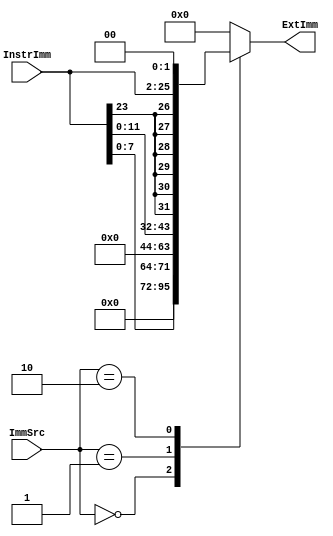
module Extend(
    input [1:0] ImmSrc,
    input [23:0] InstrImm,

    output reg [31:0] ExtImm
    );  
    
    always @* begin
        case(ImmSrc)
            2'b00: ExtImm = {{24{1'b0}}, InstrImm[7:0]};
            2'b01: ExtImm = {{20{1'b0}}, InstrImm[11:0]};
            2'b10: ExtImm = {{6{InstrImm[23]}}, InstrImm, {2{1'b0}}};
            default: ExtImm = 32'b0;
        endcase
    end

endmodule